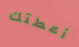
أعطتك